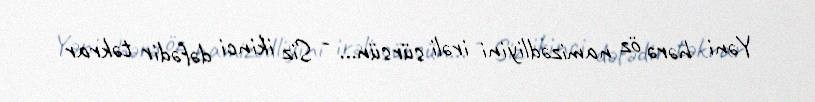
Yəni hərə öz namizədliyini irəli sürsün... - Siz ikinci dəfədir təkrar